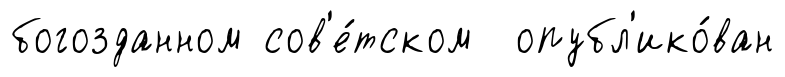
богозданном сов'е́тском опубл'ико́ван